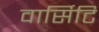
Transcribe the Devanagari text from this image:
वार्सिटि